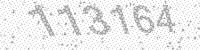
Solution: 113164